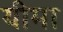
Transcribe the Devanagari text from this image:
यीमा